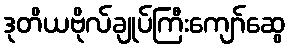
ဒုတိယဗိုလ်ချုပ်ကြီးကျော်ဆွေ